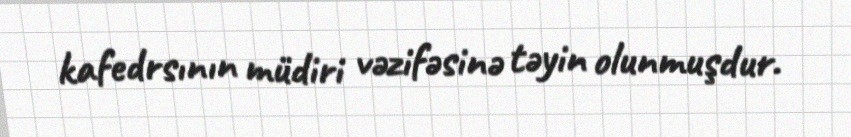
kafedrsının müdiri vəzifəsinə təyin olunmuşdur.